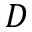
D